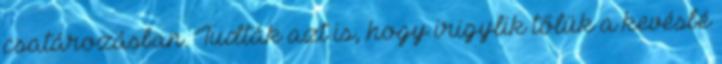
csatározásban. Tudták azt is, hogy irigylik tőlük a kevésbé